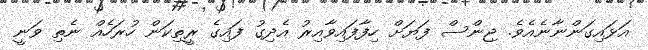
އަޅައިގަންނާނެއެވެ. ޖިންސް ފަޔަށް ހިފާފައިވާއިރު އެދިގު ފައިގެ ރީތިކަން ހުރަހެއް ނެތި ވަނީ